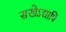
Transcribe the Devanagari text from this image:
सखेऽद्यापि